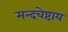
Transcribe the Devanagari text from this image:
मन्दचेष्टाय